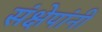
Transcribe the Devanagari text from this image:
संक्षेपांनी